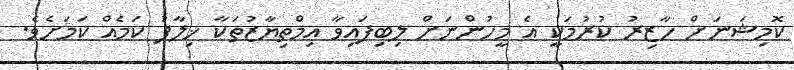
ކޮމިޝަނަށް ހާޒިރު ކުރުމަކީ އެ މީހުންނަށް ލިބިފައިވާ އިމްތިޔާޒުތަކާ ޚިލާފު ކަމެއް ކަމަށެވެ.